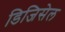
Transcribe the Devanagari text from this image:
डिजिसेल